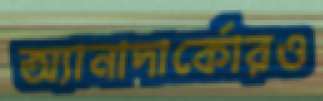
অ্যানাদার্কোরও